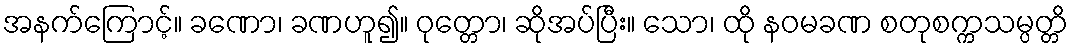
အနက်ကြောင့်။ ခဏော၊ ခဏဟူ၍။ ဝုတ္တော၊ ဆိုအပ်ပြီး။ သော၊ ထို နဝမခဏ စတုစက္ကသမ္ပတ္တိ